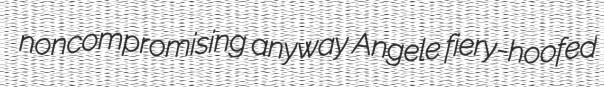
noncompromising anyway Angele fiery-hoofed